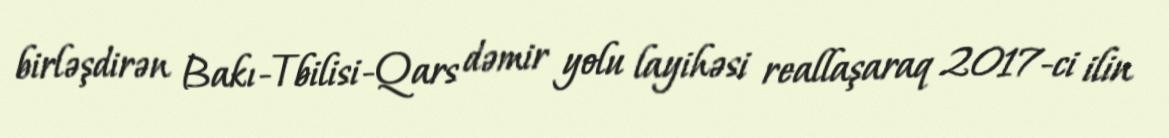
birləşdirən Bakı-Tbilisi-Qars dəmir yolu layihəsi reallaşaraq 2017-ci ilin